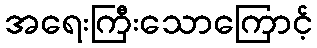
အရေးကြီးသောကြောင့်